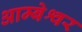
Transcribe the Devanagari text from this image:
आम्बेश्वर